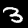
Digit: 3